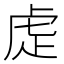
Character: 𮓝